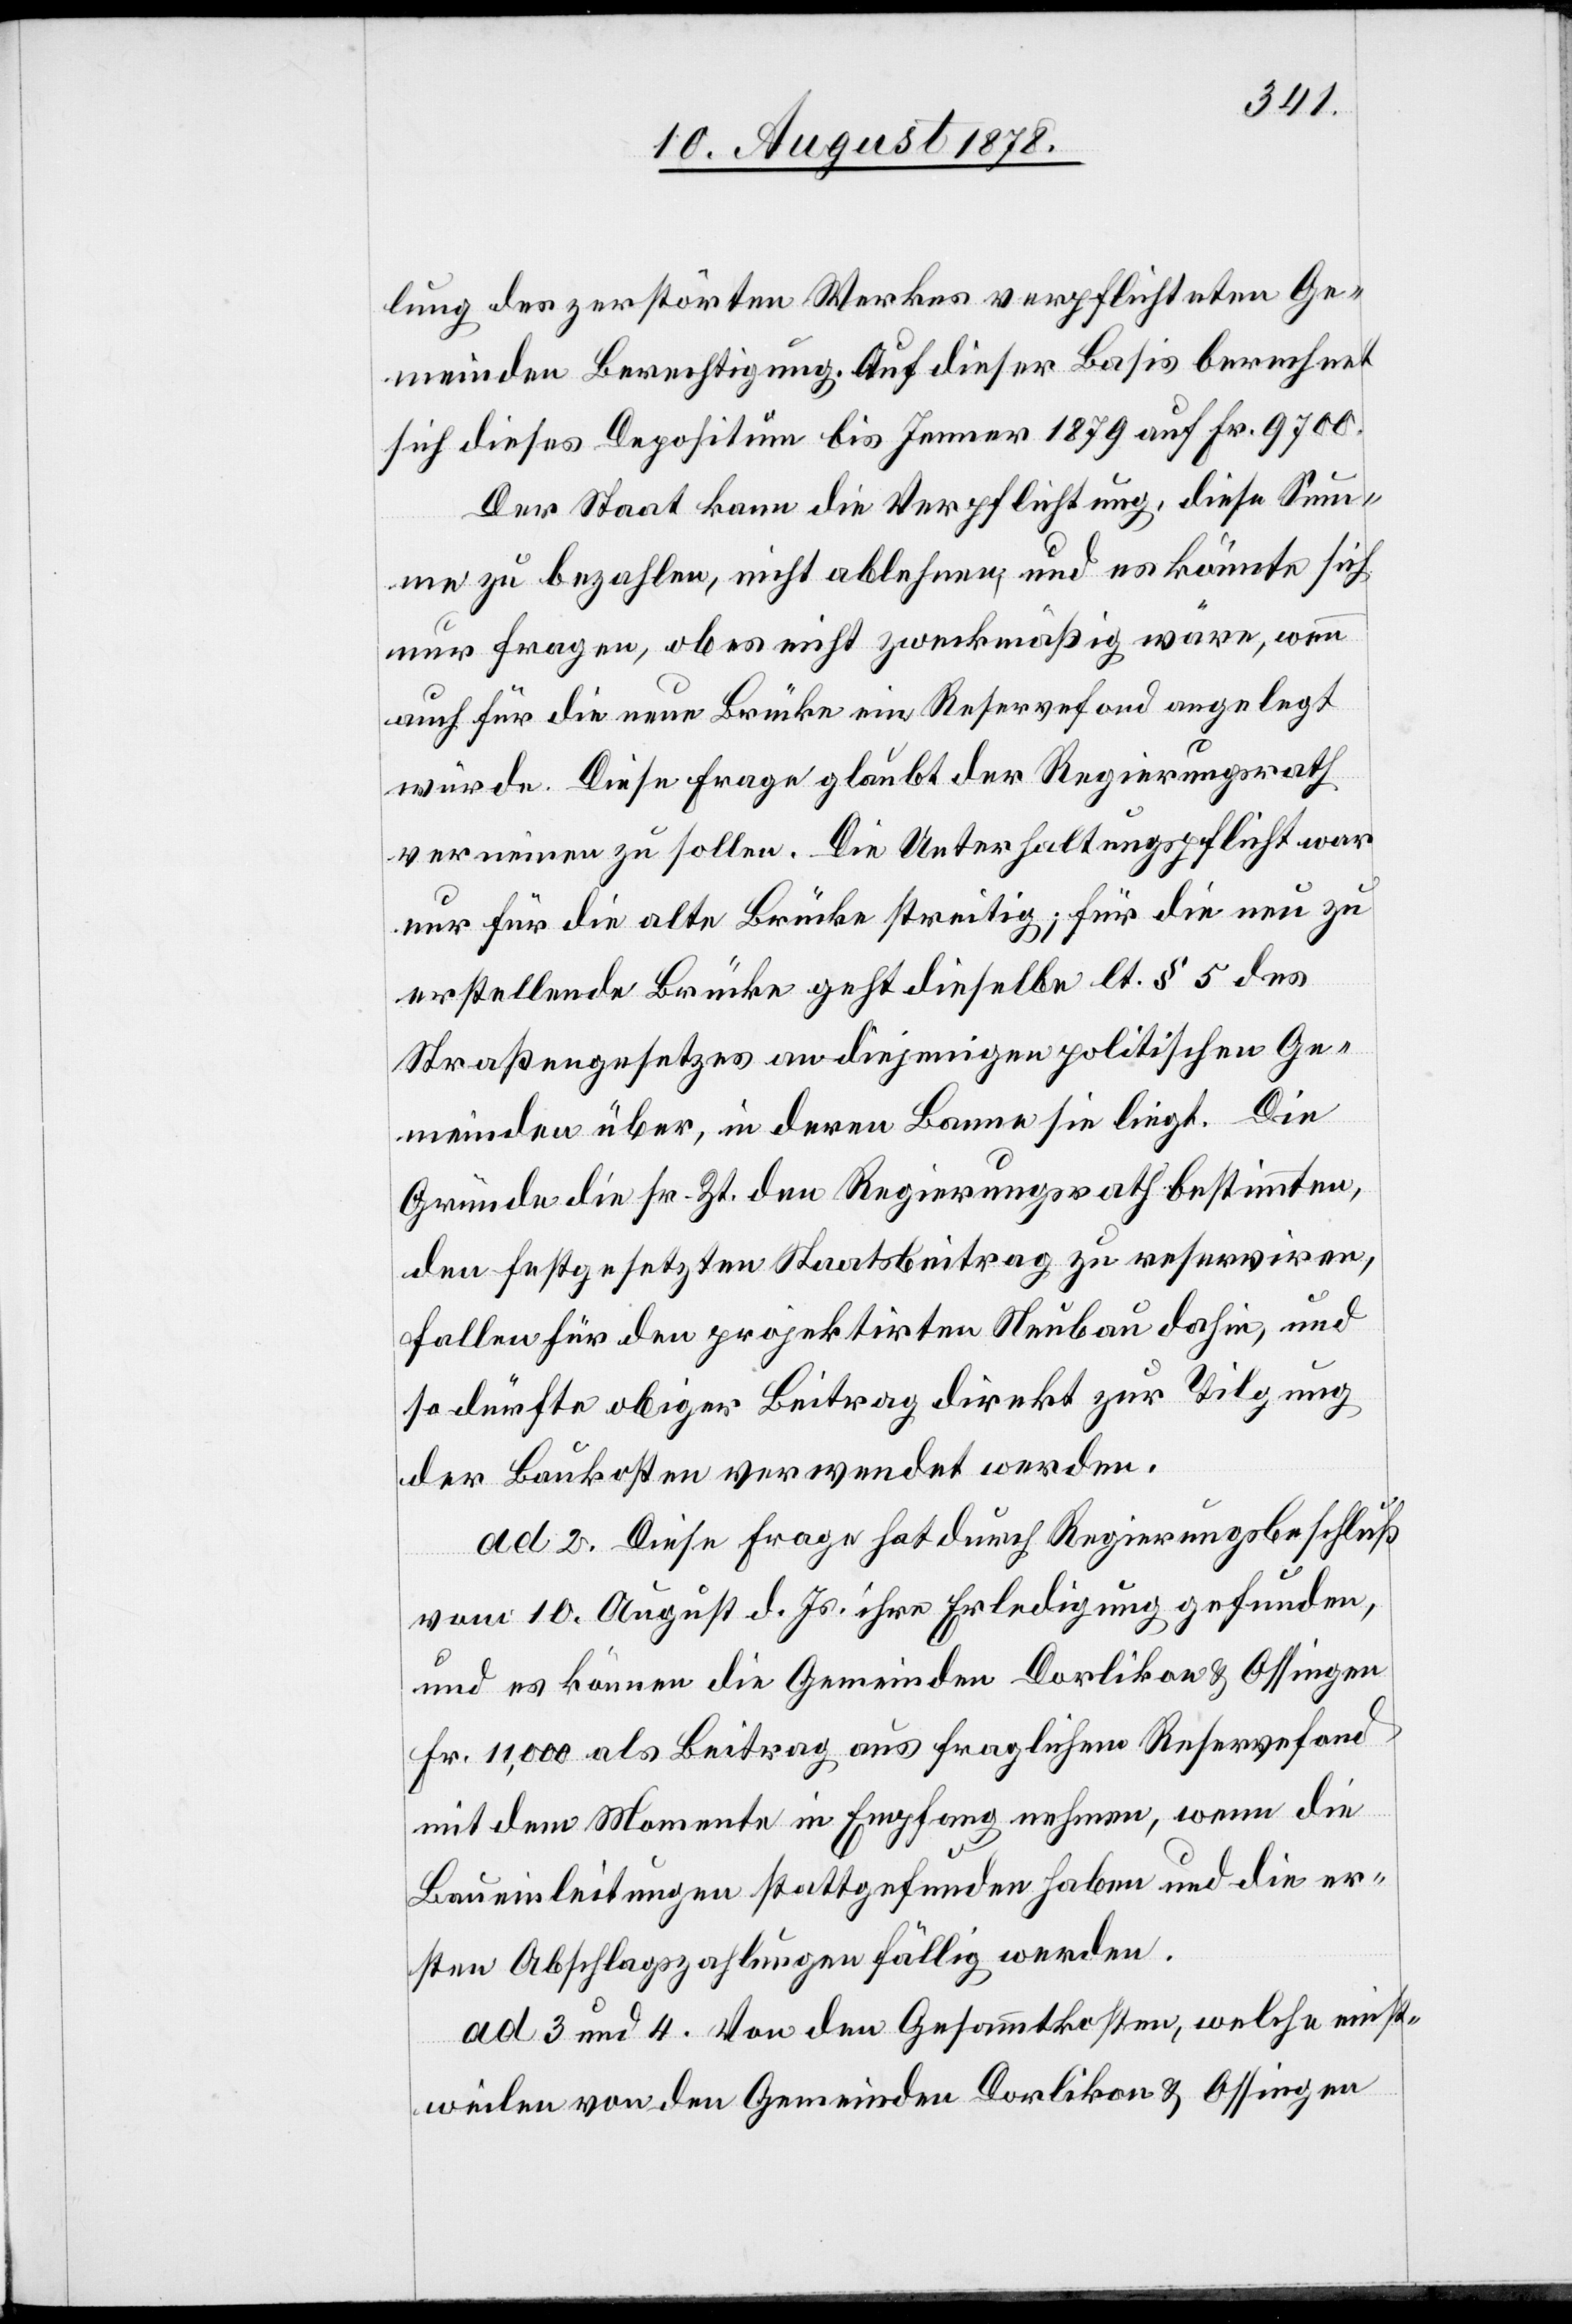
lung des zerstörten Werkes verpflichteten Ge¬
meinden Berechtigung. Auf dieser Basis berechnet
sich dieses Depositum bis Jenner 1879 auf Fr. 9700.
Der Staat kann die Verpflichtung, diese Sum¬
me zu bezahlen, nicht ablehnen, und es könnte sich
nur fragen, ob es nicht zweckmäßig wäre, wenn
auch für die neue Brücke ein Reservefond angelegt
würde. Diese Frage glaubt der Regierungsrath
verneinen zu sollen. Die Unterhaltungspflicht war
nur für die alte Brücke streitig; für die neu zu
erstellende Brücke geht dieselbe lt. § 5 des
Straßengesetzes an diejenigen politischen Ge¬
meinden über, in deren Banne sie liegt. Die
Gründe die sr. Zt. den Regierungsrath bestimmten,
den festgesetzten Staatsbeitrag zu reserviren,
fallen für den projektirten Neubau dahin, und
so dürfte obiger Beitrag direkt zur Tilgung
der Baukosten verwendet werden.
ad. 2. Diese Frage hat durch Regierungsbeschluß
vom 10. August d. Js. ihre Erledigung gefunden,
und es können die Gemeinden Dorlikon & Ossingen
Fr. 11,000 als Beitrag aus fraglichem Reservefond
mit dem Momente in Empfang nehmen, wenn die
Baueinleitungen stattgefunden haben und die er¬
sten Abschlagszahlungen fällig werden.
ad. 3 und 4. Von den Gesammtkosten, welche einst¬
weilen von den Gemeinden Dorlikon & Ossingen